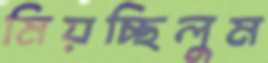
মিয়চ্ছিলুম